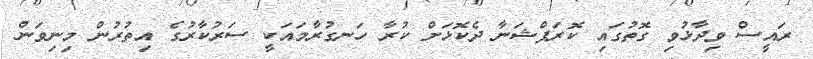
ރައީސް ވިދާޅުވި ގޮތުގައި ކޮރަޕްޝަނާ ދެކޮޅަށް ކުރާ ހަނގުރާމައަކީ ސަރުކާރުގެ އިތުރުން މިނިވަން